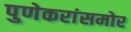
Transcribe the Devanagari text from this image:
पुणेकरांसमोर